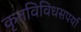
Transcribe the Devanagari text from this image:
कृतविविधसपर्या